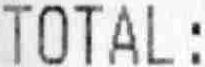
TOTAL: